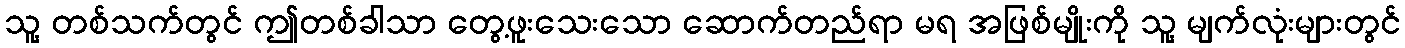
သူ့ တစ်သက်တွင် ဤတစ်ခါသာ တွေ့ဖူးသေးသော ဆောက်တည်ရာ မရ အဖြစ်မျိုးကို သူ့ မျက်လုံးများတွင်